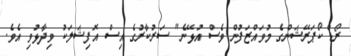
ރޯޑް ކޯޕަރޭޝަންގެ މުވައްޒަފުން ވެސް އުޅޭނެ" ސަރުކާރުގެ އިސް އޮފިޝަލަކު ވިދާޅުވި އެވެ.